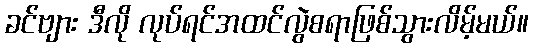
ခင်ဗျား ဒီလို လုပ်ရင်အထင်လွဲစရာဖြစ်သွားလိမ့်မယ်။